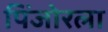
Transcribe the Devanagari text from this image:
पिंजोरला